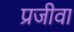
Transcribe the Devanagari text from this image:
प्रजीवा